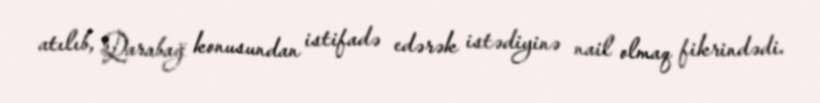
atılıb, Qarabağ konusundan istifadə edərək istədiyinə nail olmaq fikrindədi.